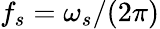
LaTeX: f_{s}=\omega_{s}/(2\pi)